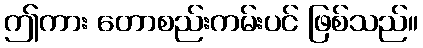
ဤကား တောစည်းကမ်းပင် ဖြစ်သည်။